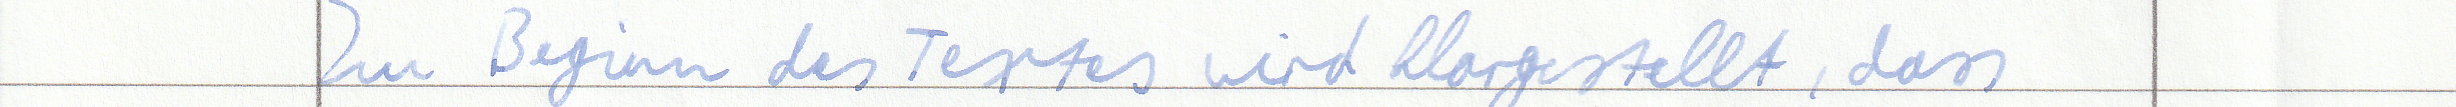
Zu Beginn des Textes wird klargestellt, dass